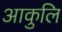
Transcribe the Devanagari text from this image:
आकुलि